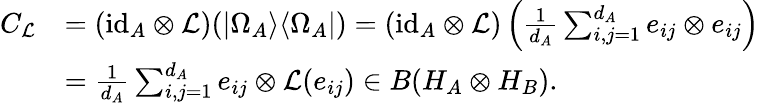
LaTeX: \begin{array}{rl}{C_{\mathcal{L}}}&{=(\mathrm{id}_{A}\otimes\mathcal{L})(|\Omega_{A}\rangle\langle\Omega_{A}|)=(\mathrm{id}_{A}\otimes\mathcal{L})\left(\frac{1}{d_{A}}\sum_{i,j=1}^{d_{A}}e_{ij}\otimes e_{ij}\right)}\\ &{=\frac{1}{d_{A}}\sum_{i,j=1}^{d_{A}}e_{ij}\otimes\mathcal{L}(e_{ij})\in B(H_{A}\otimes H_{B}).}\end{array}